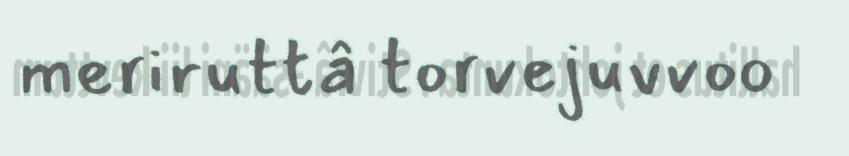
meriruttâ torvejuvvoo